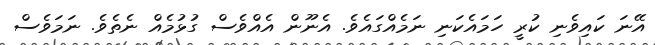
އޭނަ ކައިވެނި ކުރީ ހަމައެކަނި ނަމެއްގައެވެ. އެނޫން އެއްވެސް ގުޅުމެއް ނެތެވެ. ނަމަވެސް